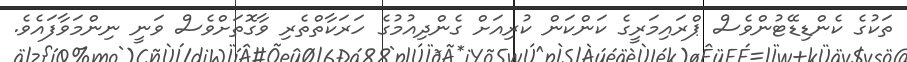
ތަކުގެ ކެންޑިޑޭޓުންވެސް ޕްރައިމަރީގެ ކަންކަން ކުރިއަށް ގެންދިއުމުގެ ހަރަކާތްތެރި ވާގޮތަށްވެސް ވަނީ ނިންމަވާފައެވެ.